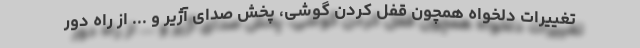
تغییرات دلخواه همچون قفل کردن گوشی، پخش صدای آژیر و ... از راه دور